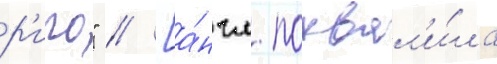
р'иго" // [а́нгл. похвал'и́ла